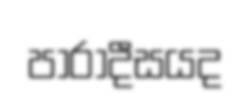
පාරාදීසයද